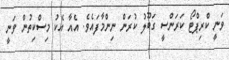
ވަނީ ކްރިޕްޓޯ ކަރަންސީ ގަބޫލު ކުރަން ނިންމާފައެވެ. އެއާ އެކު މިސްކިތުން ވަނީ